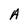
Character: A